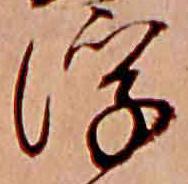
浮